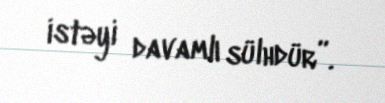
istəyi davamlı sülhdür”.